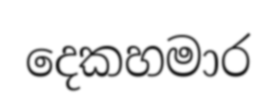
දෙකහමාර